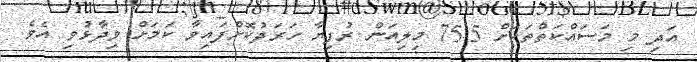
އަދި މި މަސައްކަތްތަކަށް 75.5 މިލިއަން ރުފިޔާ ހަަރަދުކޮށްފައިވާ ކަމަށް ވިދާޅުވި އެވެ.